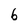
Character: b